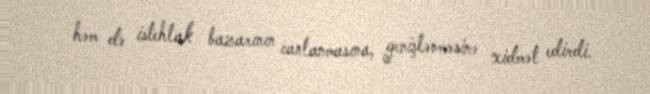
həm də istehlak bazarının canlanmasına, genişlənməsinə xidmət edirdi.